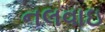
નલવાઇ